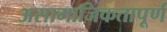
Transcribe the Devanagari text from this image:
असामाजिकतापूर्ण